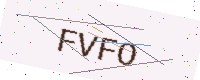
Text: FVFO